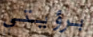
برؤيتي